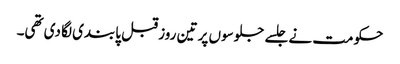
حکومت نے جلسے جلوسوں پر تین روز قبل پابندی لگا دی تھی۔